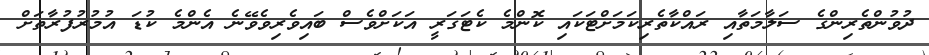
ދުވުންތެރިންގެ ސަލާމަތާއި ރައްކާތެރިކަމަށްޓަކައި ކޮންމެ ކެޓަގަރީ އަކަށްވެސް ބައިވެރިވެވޭނެ އެންމެ ކުޑަ އުމުރުފުރާތަށް